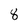
Character: 8